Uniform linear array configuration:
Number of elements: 8
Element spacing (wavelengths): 0.75
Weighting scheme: kaiser
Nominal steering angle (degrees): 45
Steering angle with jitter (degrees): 45.369
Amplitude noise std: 0.05
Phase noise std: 0.05

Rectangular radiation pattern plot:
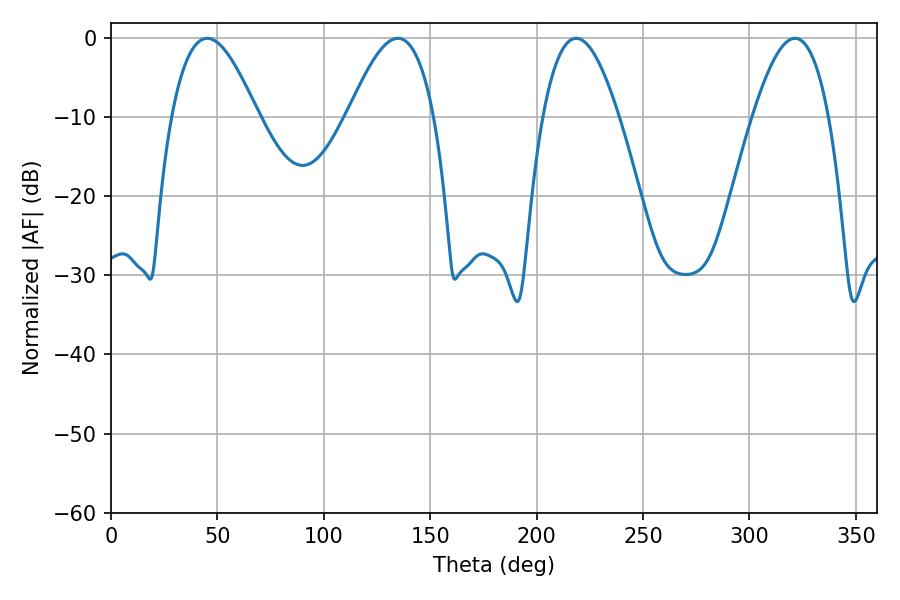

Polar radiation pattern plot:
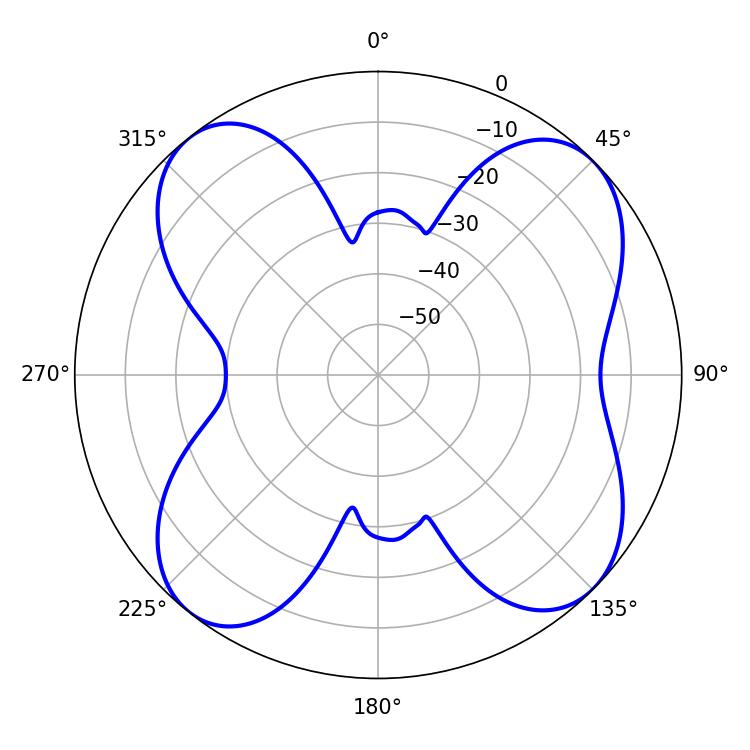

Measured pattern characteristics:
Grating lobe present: TRUE
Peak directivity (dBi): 11.169
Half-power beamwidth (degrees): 21.96
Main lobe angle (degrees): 45.18